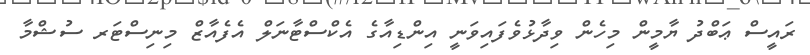
ރައީސް ޢަބްދު ޔާމީން މިހެން ވިދާޅުވެފައިވަނީ އިންޑިއާގެ އެކްސްޓާނަލް އެފެއާޒް މިނިސްޓަރ ސުޝްމާ